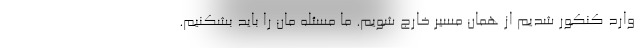
وارد کنکور شدیم از همان مسیر خارج شویم. ما مسئله مان را باید بشکنیم.